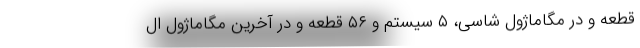
قطعه و در مگاماژول شاسی، ۵ سیستم و ۵۶ قطعه و در آخرین مگاماژول ال